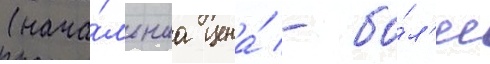
(нача́льнаа цена́ - бо́л'ее